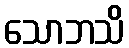
သောဘသိ